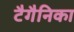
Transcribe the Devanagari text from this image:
टैगैनिका